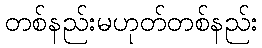
တစ်နည်းမဟုတ်တစ်နည်း